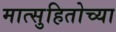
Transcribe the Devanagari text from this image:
मात्सुहितोच्या